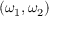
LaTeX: ( \omega _ { 1 } , \omega _ { 2 } )